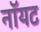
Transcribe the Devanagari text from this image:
नॉयट